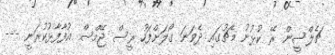
ޗެލްސީން ރޭ ކުޅުނު މެޗުގައި ދެވަނަ ގޯލަށްފަހު ރީސް ޖޭމްސް އުފާފާޅުކުރަނީ ---